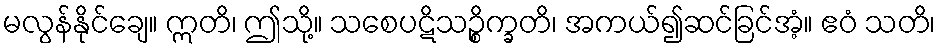
မလွန်နိုင်ချေ။ ဣတိ၊ ဤသို့။ သစေပဋိသဉ္စိက္ခတိ၊ အကယ်၍ဆင်ခြင်အံ့။ ဧဝံ သတိ၊